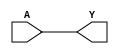
// ****************************************************************************/
// ****************************************************************************/
// Microsemi Corporation Proprietary and Confidential
// Copyright 2019 Microchip Corporation.  All rights reserved.
//
// ANY USE OR REDISTRIBUTION IN PART OR IN WHOLE MUST BE HANDLED IN
// ACCORDANCE WITH THE MICROSEMI LICENSE AGREEMENT AND MUST BE APPROVED
// IN ADVANCE IN WRITING.
//
// Description: 
//
//
// Resolved SARs
// SAR      Date     Who   Description
//
// Notes:
//
// ****************************************************************************/

module corejtagdebug_bufd( A, Y);
parameter DELAY_NUM = 0;
input A;
output Y;

wire [DELAY_NUM:0] delay_sel;
genvar                      idx;

// Assign
assign delay_sel[0] = A;
assign Y = delay_sel[DELAY_NUM];

for (idx = 0; idx < DELAY_NUM; idx = idx + 1)
    begin : bufd_gen
      BUFD BUFD_BLK  (.A(delay_sel[ idx]),  .Y(delay_sel[ idx+1]));
    end

endmodule